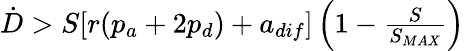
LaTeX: \begin{array}{r}{\dot{D}>S[r(p_{a}+2p_{d})+a_{dif}]\left(1-\frac{S}{S_{MAX}}\right)}\end{array}